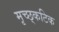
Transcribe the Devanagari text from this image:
मृच्छ्कटिक